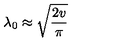
\lambda _ { 0 } \approx \sqrt { \frac { 2 v } { \pi } }